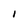
Character: 1